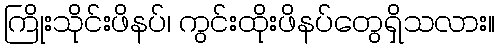
ကြိုးသိုင်းဖိနပ်၊ ကွင်းထိုးဖိနပ်တွေရှိသလား။